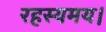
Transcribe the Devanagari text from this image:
रहस्यमय।